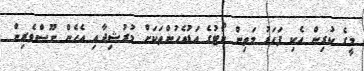
މީގެ ކުރިން އެކި ފަހަރު މަތިން ކޯޓުގެ އަޑުއެހުންތަކަށް މުރުޝިދާއި އެހެން ނޫސްވެރިން